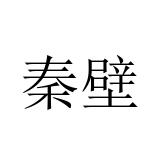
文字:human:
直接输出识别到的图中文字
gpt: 秦壁